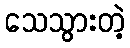
သေသွားတဲ့